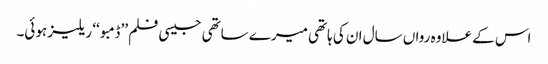
اس کے علاوہ رواں سال ان کی ہاتھی میرے ساتھی جیسی فلم ’’ڈمبو ‘‘ ریلیز ہوئی۔